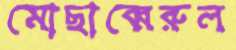
মোছাব্বেরুল